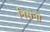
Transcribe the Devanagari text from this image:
निसेनी